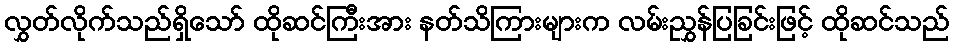
လွှတ်လိုက်သည်ရှိသော် ထိုဆင်ကြီးအား နတ်သိကြားများက လမ်းညွှန်ပြခြင်းဖြင့် ထိုဆင်သည်